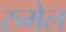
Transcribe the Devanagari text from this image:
रुमेल